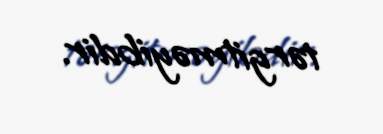
tərgitməyibdir.